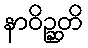
နာဝိဉ္ဆတိ